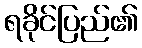
ရခိုင်ပြည်၏